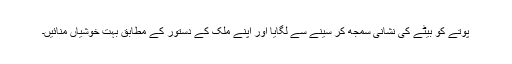
پوتے کو بیٹے کی نشانی سمجھ کر سینے سے لگایا اور اپنے ملک کے دستور کے مطابق بہت خوشیاں منائیں۔